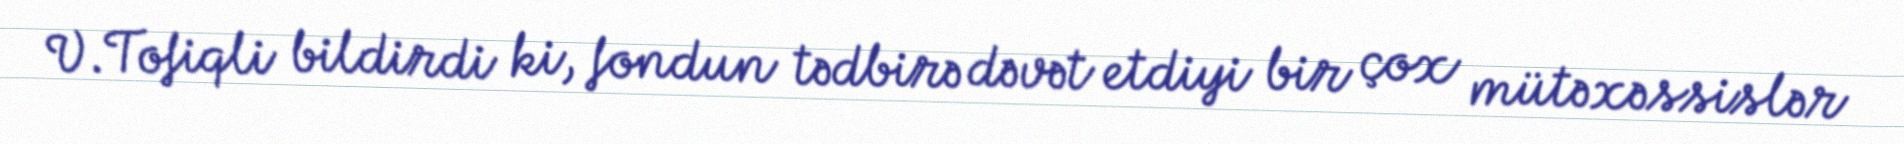
V.Tofiqli bildirdi ki, fondun tədbirə dəvət etdiyi bir çox mütəxəssislər